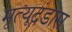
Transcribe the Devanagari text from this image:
मृत्यूदंडास